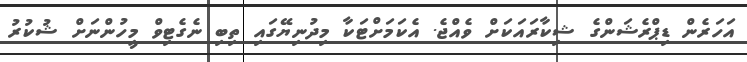
އަހަރެން ޑިޕްރެޝަންގެ ޝިކާރައަކަށް ވެއްޖެ. އެކަމަށްޓަކާ މިދުނިޔޭގައި ތިބި ނެގެޓިވް މީހުންނަށް ޝުކުރު